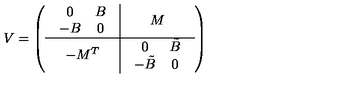
V = \left( \begin{array} { c | c } { \begin{array} { c c } { 0 } & { B } \\ { - B } & { 0 } \\ \end{array} } & { M } \\ \hline { - M ^ { T } } & { \begin{array} { c c } { 0 } & { \tilde { B } } \\ { - \tilde { B } } & { 0 } \\ \end{array} } \\ \end{array} \right)